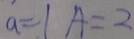
a = 1 A = 2